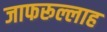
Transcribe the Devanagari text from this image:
जाफरूल्लाह